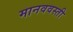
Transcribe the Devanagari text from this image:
मानववस्ती